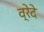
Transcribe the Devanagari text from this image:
व्रेदे